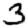
Digit: 3